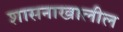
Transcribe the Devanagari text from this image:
शासनाखालील